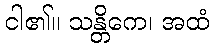
ငါ၏။ သန္တိကေ၊ အထံ